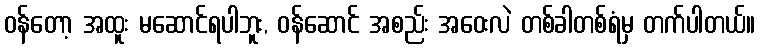
ဝန်တော့ အထူး မဆောင်ရပါဘူး, ဝန်ဆောင် အစည်း အဝေးလဲ တစ်ခါတစ်ရံမှ တက်ပါတယ်။